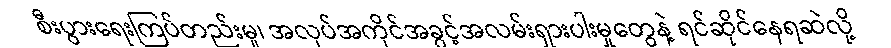
စီးပွားရေးကြပ်တည်းမှု၊ အလုပ်အကိုင်အခွင့်အလမ်းရှားပါးမှုတွေနဲ့ ရင်ဆိုင်နေရဆဲလို့